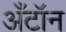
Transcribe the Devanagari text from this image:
अँटॉन